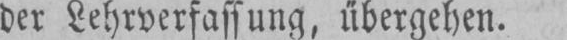
der Lehrverfassung, übergehen.